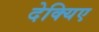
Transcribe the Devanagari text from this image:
देक्यिए